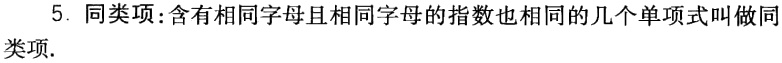
5. 同类项：含有相同字母且相同字母的指数也相同的几个单项式叫做同